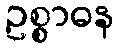
ဥစ္စာဓန